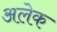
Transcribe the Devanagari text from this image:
अलेक